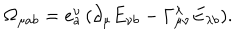
LaTeX: \Omega _ { \mu a b } = e _ { a } ^ { \nu } \, ( \partial _ { \mu } E _ { \nu b } - \Gamma _ { \mu \nu } ^ { \lambda } E _ { \lambda b } ) .